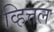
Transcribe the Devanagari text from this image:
व्हित्तल